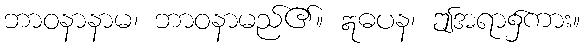
ဘာဝနာနာမ၊ ဘာဝနာမည်၏။ ဣဓပန၊ ဤအရာ၌ကား။